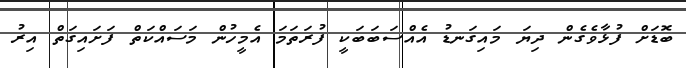
ބޮޑަށް ފުޅާވެގެން ދިޔަ މައިގަނޑު އެއްސަބަބަކީ ފުރަތަމަ އެމީހުން މަސައްކަތް ފަށައިގަތް އިރު